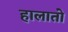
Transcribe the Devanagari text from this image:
हालातो